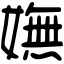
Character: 嫵